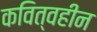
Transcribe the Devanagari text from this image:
कवित्वहीन